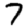
Digit: 7